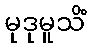
မုဒုမူသိံ